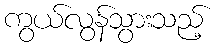
ကွယ်လွန်သွားသည့်